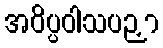
အဝိပ္ပဝါသပဉှာ